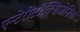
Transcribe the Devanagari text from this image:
एन्टेरोटॉक्सिजेनिक